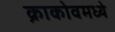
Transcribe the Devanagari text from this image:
क्राकोवमध्ये